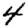
Digit: 4